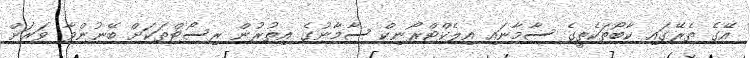
އޭގެ ތެރޭގައި ކާބޯތަކެތީގެ ސާމާނައި އިލެކްޓްރޯނިކް ސާމާނުގެ އިތުރުން ރިސޯޓްތަކަށް ބޭނުންވާ ވަރަށް